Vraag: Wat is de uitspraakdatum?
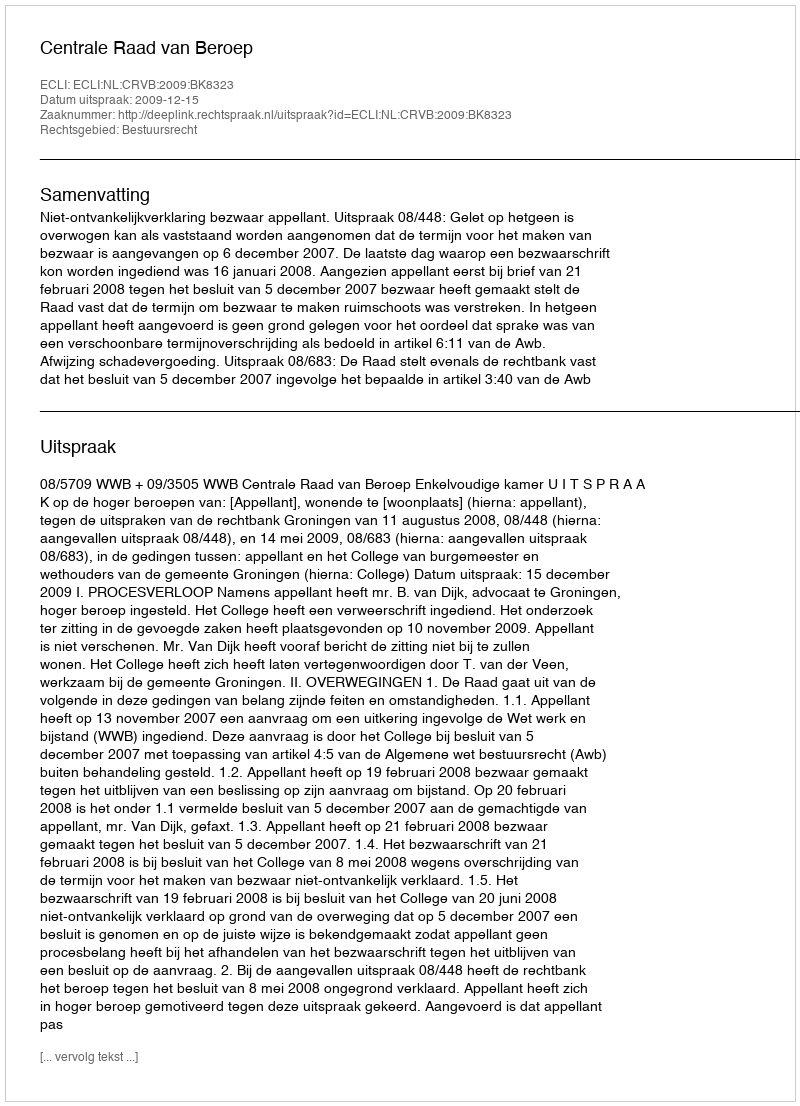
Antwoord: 2009-12-15